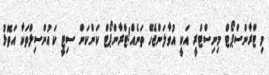
މި ޓްރާންސްޕޯޓް މިނިސްޓްރީ އަކީ އުވާލަންޖެހޭ ތަނެއް!ޓްރާންޕޯޓް ކަންކަން ސިޓީ ކައުންސިލްތަކާ އަތޮޅު